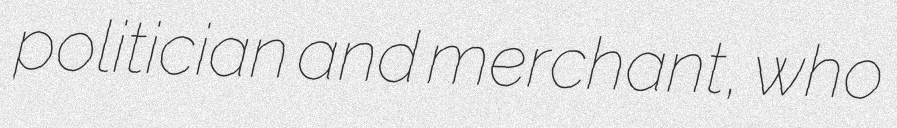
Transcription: politician and merchant, who